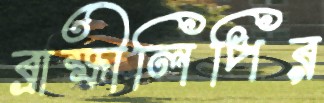
ব্রাহ্মীলিপির